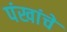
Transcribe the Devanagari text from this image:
पंखांचे